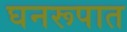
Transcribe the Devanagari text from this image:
घनरूपात